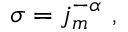
\sigma = j _ { m } ^ { - \alpha } \ ,